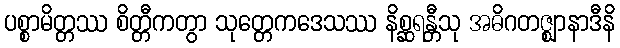
ပစ္စာမိတ္တဿ စိတ္တီကတွာ သုတ္တေကဒေသဿ နိစ္ဆရန္တီသု အဓိဂတဇ္ဈာနာဒီနိ